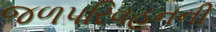
જળપરિવહનની